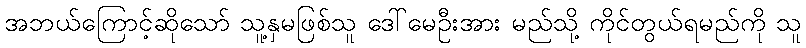
အဘယ်ကြောင့်ဆိုသော် သူ့နှမဖြစ်သူ ဒေါ်မေဦးအား မည်သို့ ကိုင်တွယ်ရမည်ကို သူ